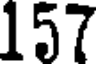
157